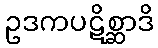
ဥဒကပဋိစ္ဆာဒိ